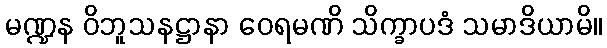
မဏ္ဍန ဝိဘူသနဋ္ဌာနာ ဝေရမဏိ သိက္ခာပဒံ သမာဒိယာမိ။